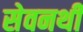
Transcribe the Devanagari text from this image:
सेवनथी